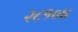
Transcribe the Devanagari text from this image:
२८१०४